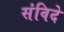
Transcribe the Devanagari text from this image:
संविदे